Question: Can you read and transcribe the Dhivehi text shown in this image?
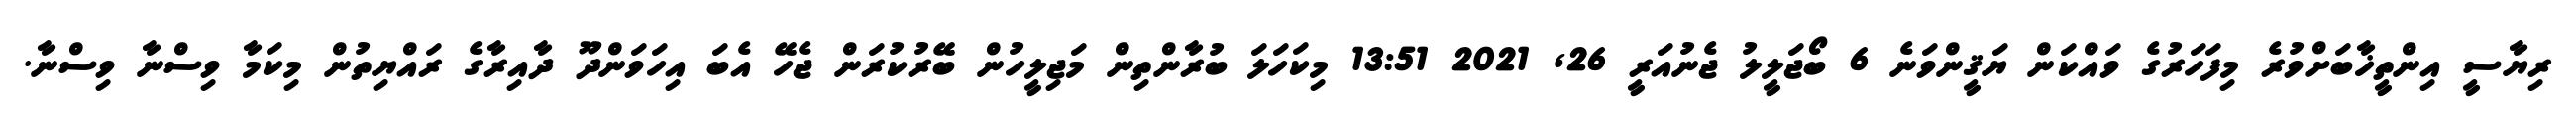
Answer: ރިޔާސީ އިންތީޚާބަށްވުރެ މިފަހަރުގެ ވައްކަން ޔަޤީންވަނެ 6 ބޯޖަލީލު ޖެނުއަރީ 26, 2021 13:51 މިކަހަލަ ބުރާންތިން މަޖިލީހުން ބޭރުކުރަން ޖެހޭ އެބަ އިހަވަންދޫ ދާއިރާގެ ރައްޔިތުން މިކަމާ ވިސްނާ ވިސްނާ.